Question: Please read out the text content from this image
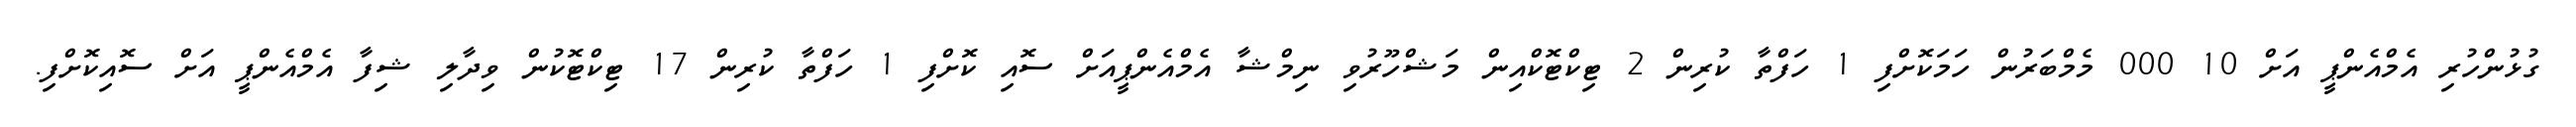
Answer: ގުޅުންހުރި އެމްއެންޕީ އަށް 10 000 މެމްބަރުން ހަމަކޮށްފި 1 ހަފްތާ ކުރިން 2 ޓިކްޓޮކްއިން މަޝްހޫރުވި ނިމްޝާ އެމްއެންޕީއަށް ސޮއި ކޮށްފި 1 ހަފްތާ ކުރިން 17 ޓިކްޓޮކުން ވިދާލި ޝިފާ އެމްއެންޕީ އަށް ސޮއިކޮށްފި.